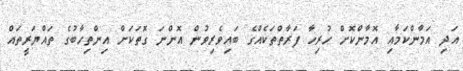
އަދި އަމާންކަމާއި އޮމާންކޮށް ހުރިހާ ފަރާތްތަކެއްގެ ބައިވެރިވުން އޮންނަ ގޮަތަކަށް އިންތިހާބުގެ ތައްޔަރީތައް